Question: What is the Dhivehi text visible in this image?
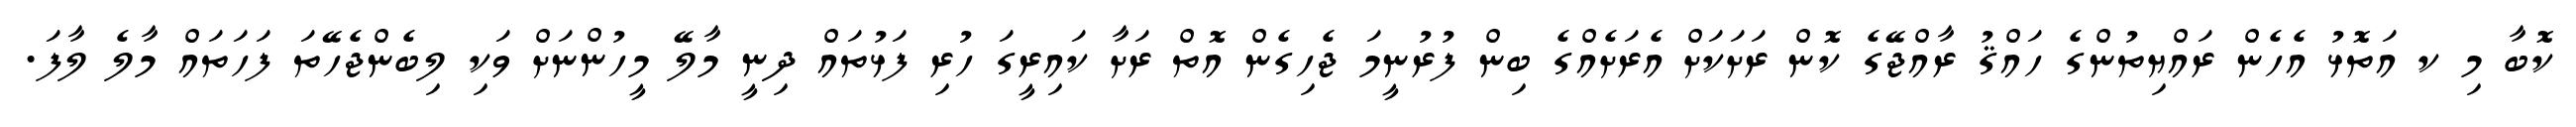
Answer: ކޮބާ މި ކ އަތޮޅު އެހެން ރައްޔިތުންގެ ހައްޤު ރާއްޖޭގެ ކޮން ރަށަކަށް އެރަށެއްގެ ބިން ފުރުނީމަ ޖެހިގެން އޮތް ރަށާ ކައިރީގަ ހުރި ފަޅުތައް ދިނީ މާލޭ މީހުންނަށް ވަކި ލިބެންޖެހޭތަ ފަހަތައް މާލެ ލާފަ.